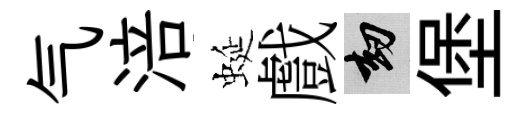
气涪蜒戲劫堡